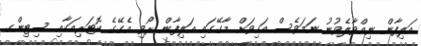
އަލިފާން ނިއްވާލެވުނު ނަމަވެސް އަހިވަށް މާގޭގައި އަލިފާން ރޯވި އެގޭގެ ކޮޓަރިއަކާއި ސިޓިންގ